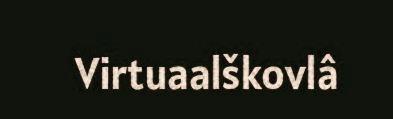
Virtuaalškovlâ